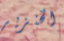
الخنزير